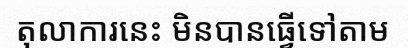
តុលាការនេះ មិនបានធ្វើទៅតាម